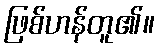
ဖြစ်ဟန်တူ၏။